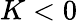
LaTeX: K<0